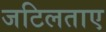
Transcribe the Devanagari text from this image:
जटिलताए